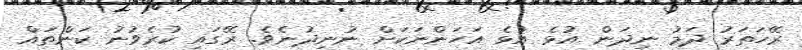
ރޭހަތަރު ދަމު ނިދަން އުޅެ އުޅެ އަހަންނަކަށް ނުނިދުނެވެ. ރޭގައި ކުރެވުނު ކަންތައް